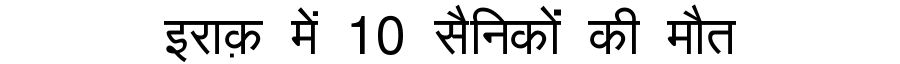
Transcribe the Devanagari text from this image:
इराक़ में 10 सैनिकों की मौत